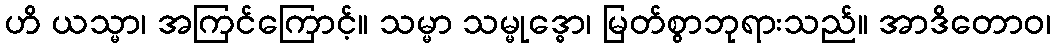
ဟိ ယသ္မာ၊ အကြင်ကြောင့်။ သမ္မာ သမ္မုဒ္ဓော၊ မြတ်စွာဘုရားသည်။ အာဒိတောဝ၊